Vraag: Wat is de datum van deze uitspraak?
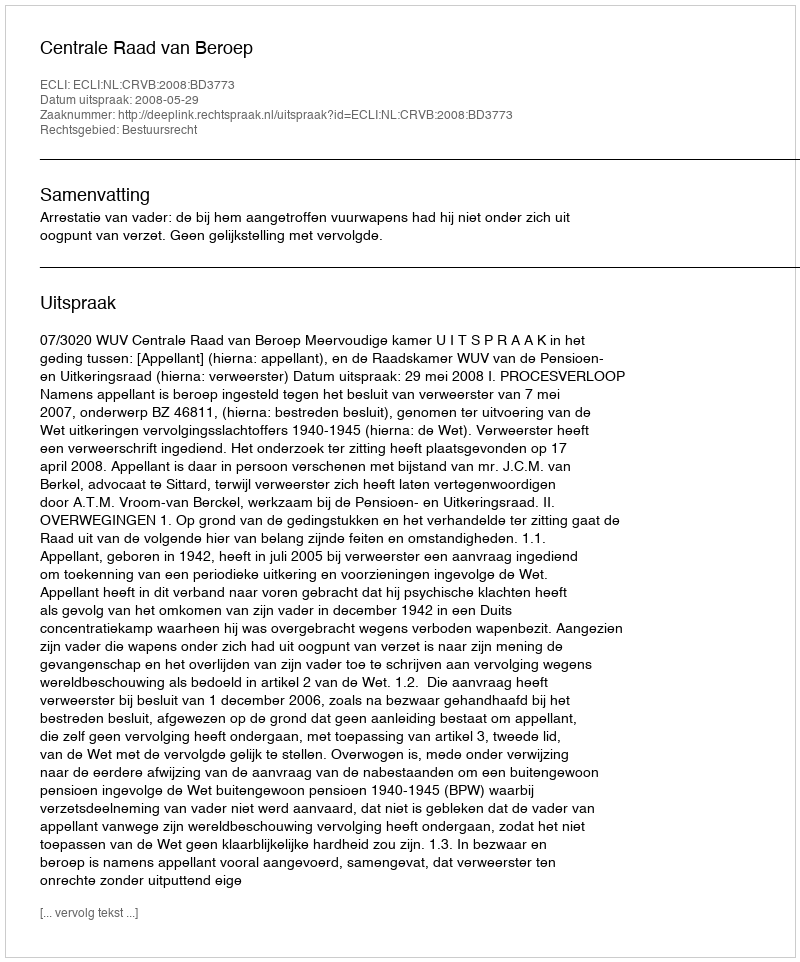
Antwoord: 2008-05-29